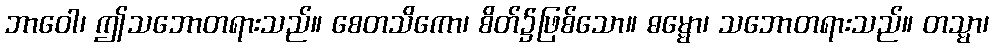
ဘာဝေါ၊ ဤသဘောတရားသည်။ စေတသိကော၊ စိတ်၌ဖြစ်သော။ ဓမ္မော၊ သဘောတရားသည်။ တသ္မာ၊